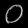
Digit: ၀